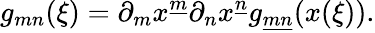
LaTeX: g_{mn}(\xi)=\partial_{m}x^{\underline{{m}}}\partial_{n}x^{\underline{{n}}}g_{\underline{{{mn}}}}(x(\xi)).